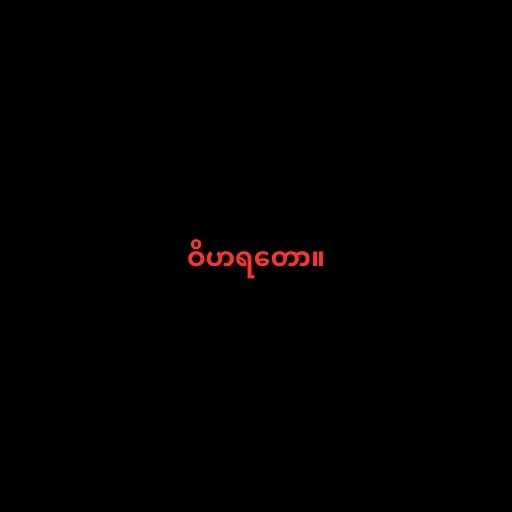
ဝိဟရတော။